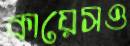
কায়েসও